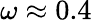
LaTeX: \omega\approx 0.4